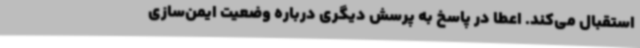
استقبال می‌کند. اعطا در پاسخ به پرسش دیگری درباره وضعیت ایمن‌سازی